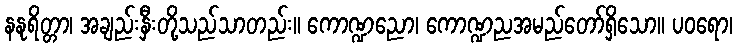
နနုရိတ္တာ၊ အချည်းနှီးတို့သည်သာတည်း။ ကောဏ္ဍညော၊ ကောဏ္ဍညအမည်တော်ရှိသော။ ပဝရော၊